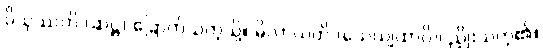
ဝိသုဿတိ (ဆဋ္ဌ) ခြောက်သကဲ့သို့။ မိလာယတိ (သေယျထာပိ)၊ ညှိုးသကဲ့၏။